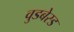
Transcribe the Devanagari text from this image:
वुडबेस्ड